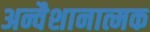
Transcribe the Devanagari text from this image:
अन्वैशानात्मक